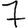
Digit: 7